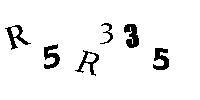
R5R335